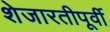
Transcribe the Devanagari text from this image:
शेजारतीपूर्वी